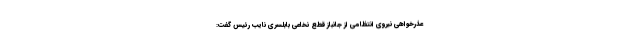
عذرخواهی نیروی انتظامی از جانباز قطع نخاعی بابلسری نایب رئیس گفت: